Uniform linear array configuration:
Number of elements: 16
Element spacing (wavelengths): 0.5
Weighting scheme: uniform
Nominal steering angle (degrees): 45
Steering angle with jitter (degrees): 43.177
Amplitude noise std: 0.05
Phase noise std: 0.05

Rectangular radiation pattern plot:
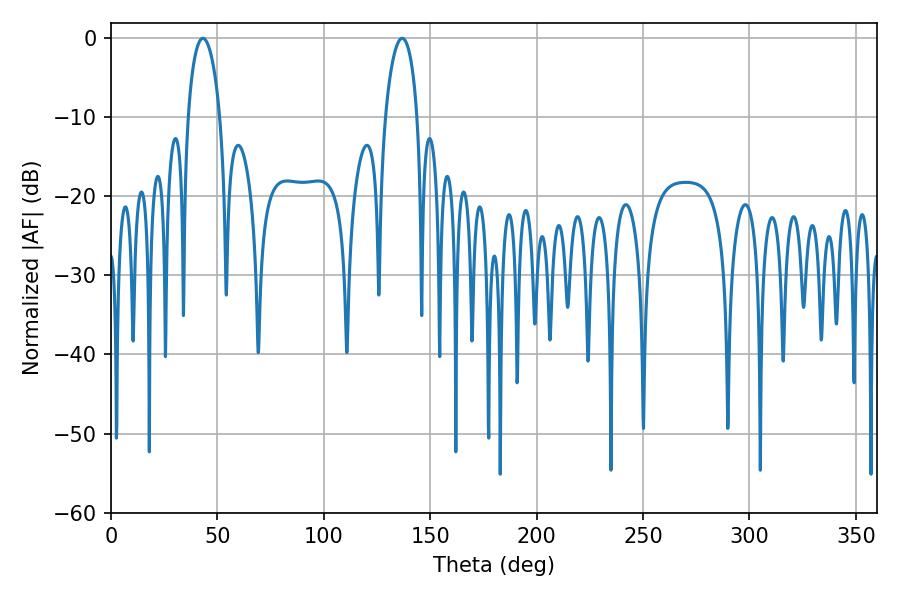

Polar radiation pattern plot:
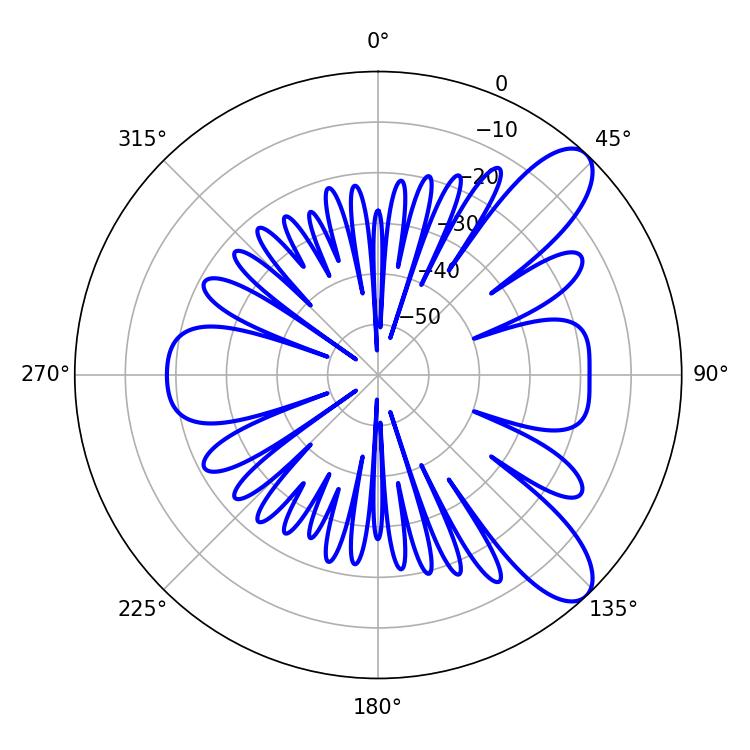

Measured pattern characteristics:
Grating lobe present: FALSE
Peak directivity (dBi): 9.433
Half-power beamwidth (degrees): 8.64
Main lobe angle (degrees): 43.2